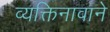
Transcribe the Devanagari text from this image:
व्यक्तिनावाने